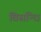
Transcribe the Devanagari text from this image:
विसन्धि